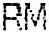
RM